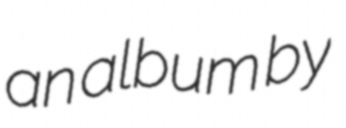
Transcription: an album by